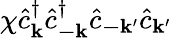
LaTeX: \chi\hat{c}_{\mathbf{k}}^{\dagger}\hat{c}_{\mathbf{-k}}^{\dagger}\hat{c}_{\mathbf{-k^{\prime}}}\hat{c}_{\mathbf{k^{\prime}}}